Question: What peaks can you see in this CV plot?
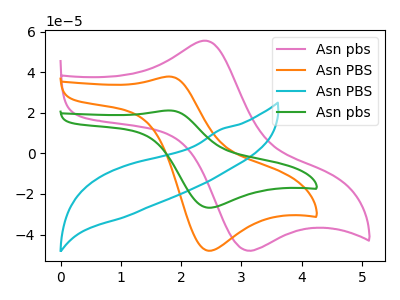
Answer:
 <answer>The pink curve "Asn pbs" has an anodic peak at (2.40V, 55.55uA) and a cathodic peak at (3.05V, -47.55uA). The orange curve "Asn PBS" has an anodic peak at (1.80V, 37.85uA) and a cathodic peak at (2.45V, -48.00uA). The cyan curve "Asn PBS" has no peaks. The green curve "Asn pbs" has an anodic peak at (1.80V, 21.15uA) and a cathodic peak at (2.45V, -26.80uA).</answer>
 <eval></eval>